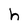
Character: h